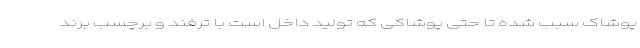
پوشاک سبب شده تا حتی پوشاکی که تولید داخل است با ترفند و برچسب برند